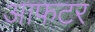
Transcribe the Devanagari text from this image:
आफटर